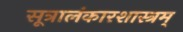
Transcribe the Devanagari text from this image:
सूत्रालंकारशास्त्रम्